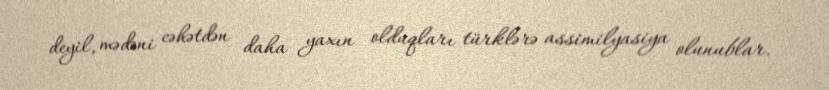
deyil, mədəni cəhətdən daha yaxın olduqları türklərə assimilyasiya olunublar.